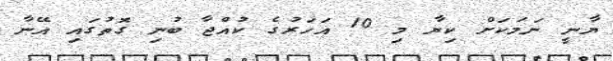
ޔާނީ ނަމަކަށް ކިޔާ މި 10 އަހަރުގެ ކުއްޖާ ބުނި ގޮތުގައި އޭނާ